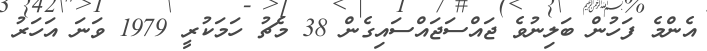
އެންމެ ފަހުން ބަލިނުވެ ޖައްސަޖައްސައިގެން 38 މެޗު ހަމަކުރީ 1979 ވަނަ އަހަރު